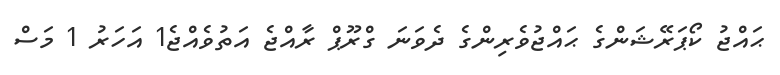
ޙައްޖު ކޯޕަރޭޝަންގެ ޙައްޖުވެރިންގެ ދެވަނަ ގްރޫޕް ރާއްޖެ އަތުވެއްޖެ1 އަހަރު 1 މަސް